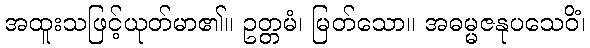
အထူးသဖြင့်ယုတ်မာ၏။ ဥတ္တမံ၊ မြတ်သော။ အဓမ္မဇနုပသေဝိံ၊